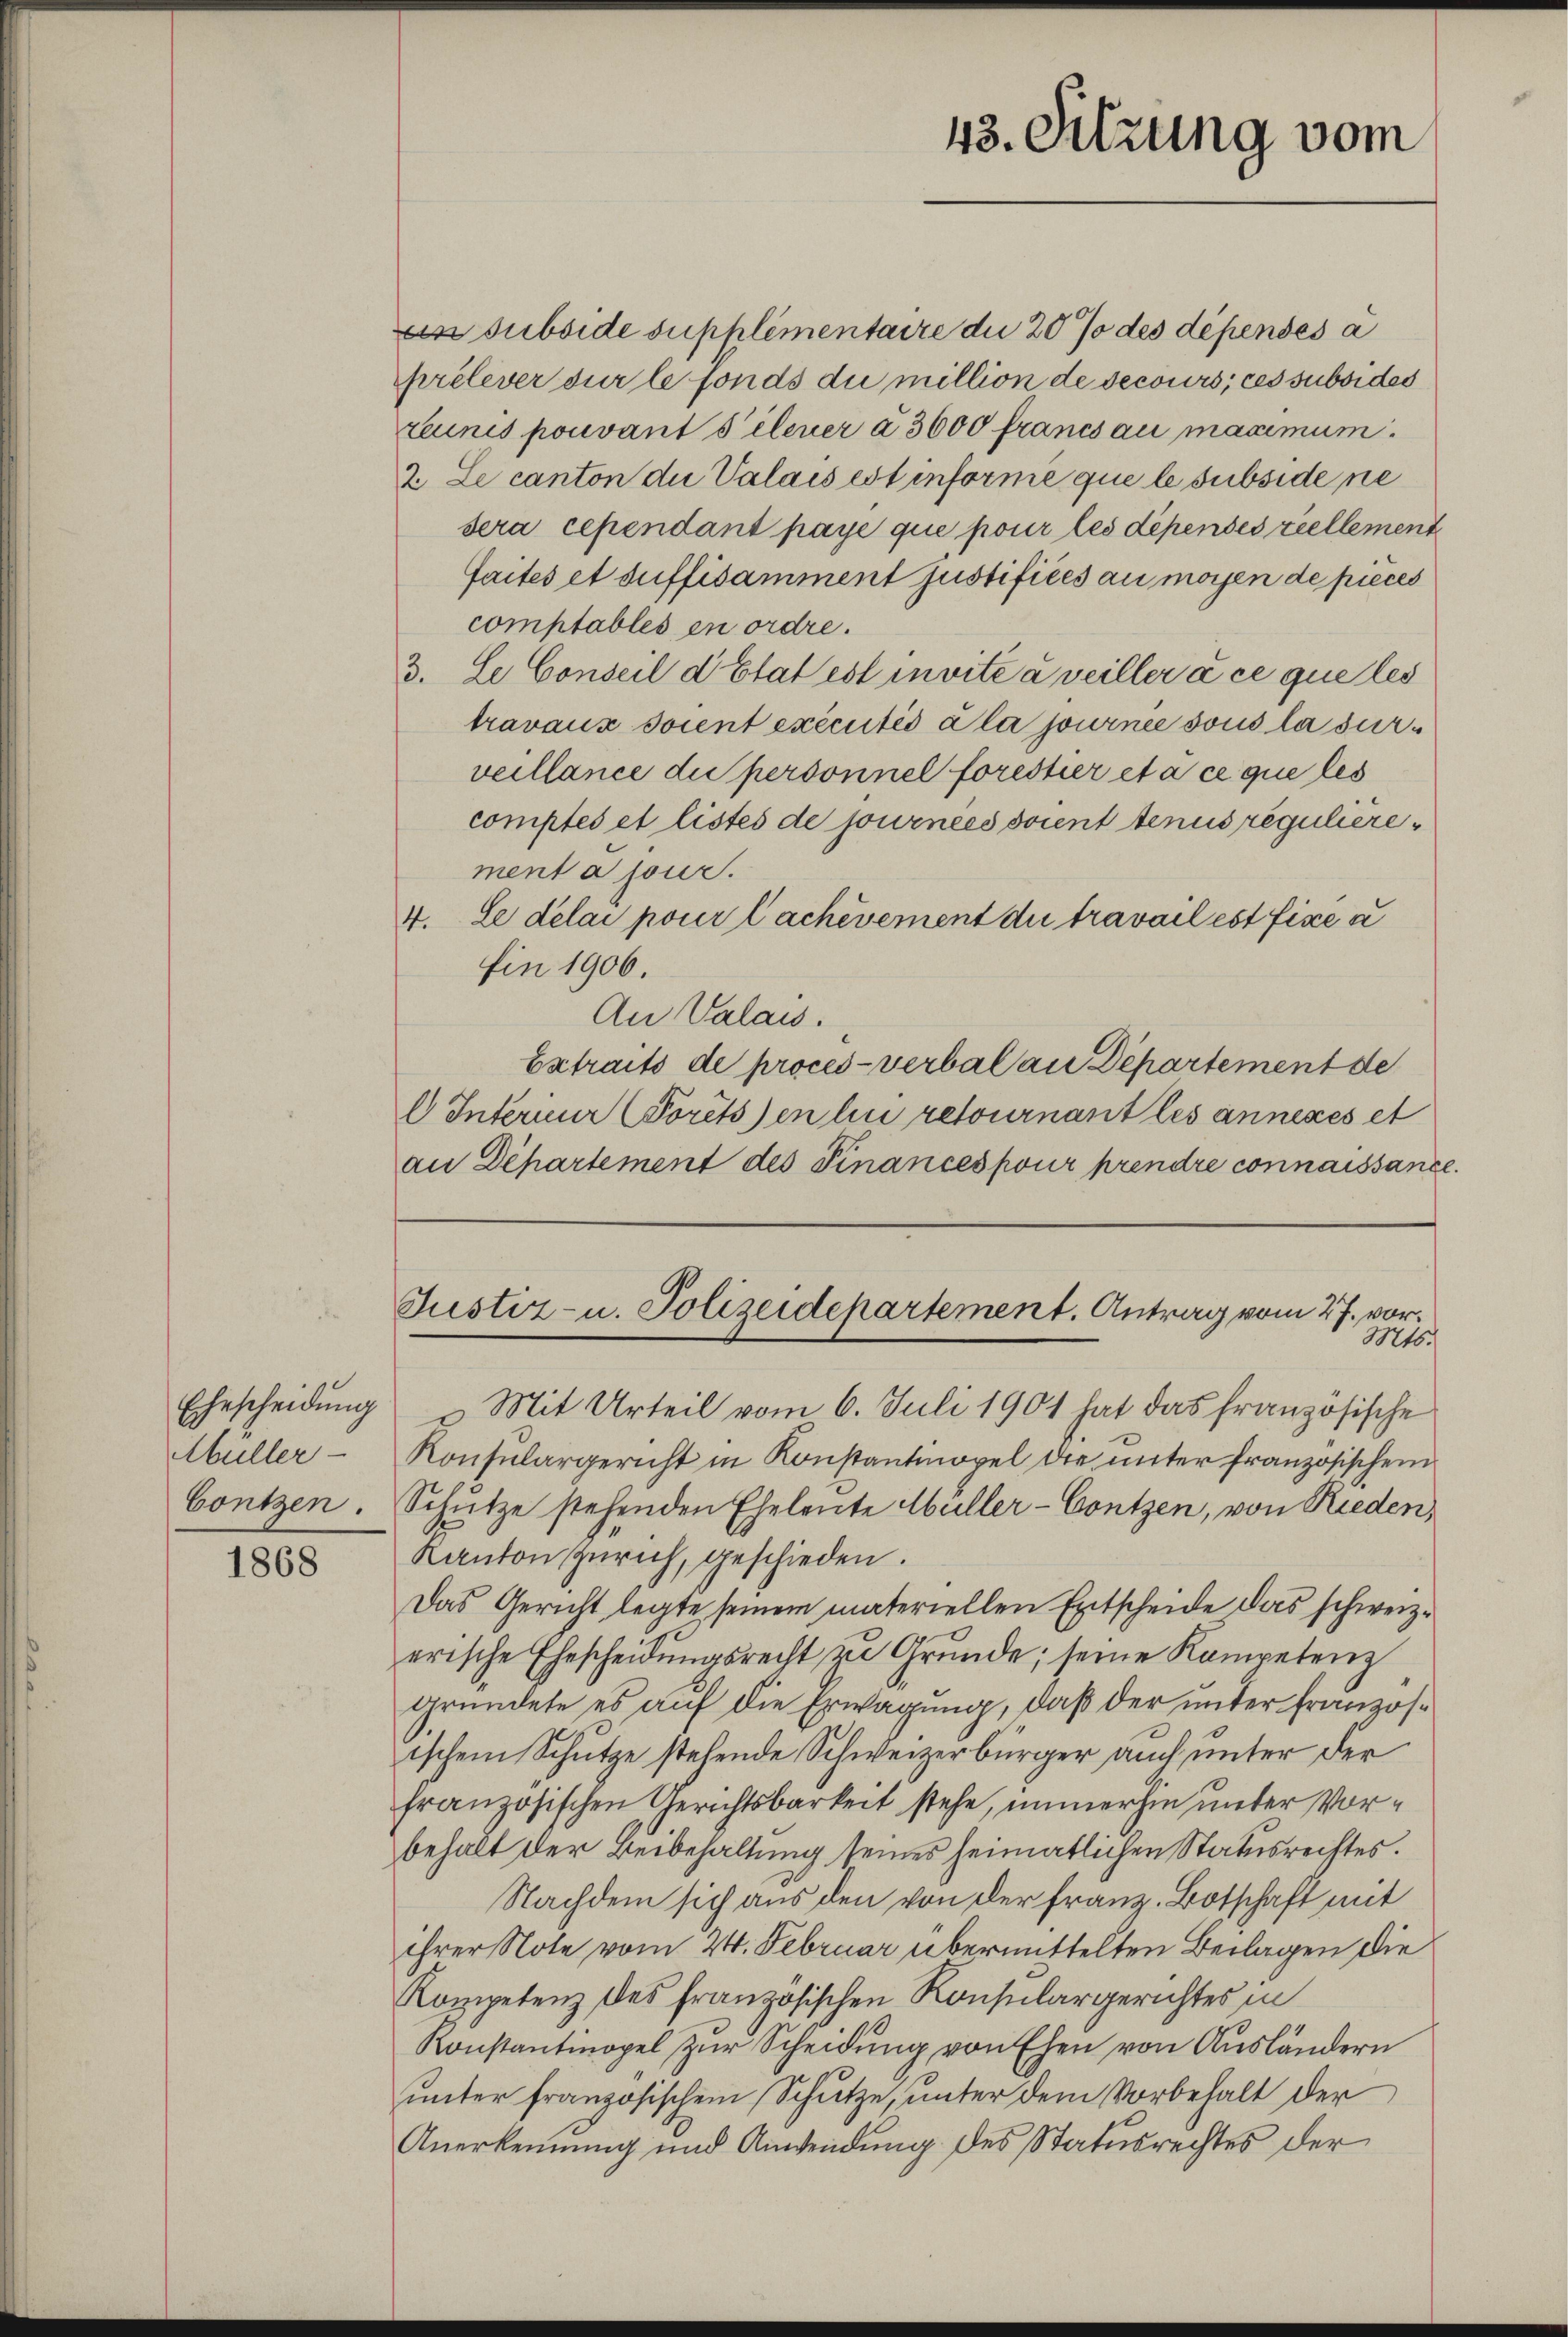
Ehescheidung
Müller
Contzen.

1868

subside supplémentaire die 20 % des dépensés a
prélever sur le fonds du million de secours, ces subsides
teunis pouvant s’élever à 3000 francs au maximum.
2. Le canton die Valais est informe que le subsidene
sera cependant paye que pour les dépenses reellement
faites et suffisamment justifices au moyen de pieces
comptables en ordre.
3. Le Conseil d’Etat est invite à veiller à ce que les
travaux soient exécutés à la journee sous la surveillance du personnel forestier et à ce que les
comptes et listes de journees soient tenus regulière
ment a jour.
4. Le délai pour lachevement die travail est fixe u
fin 1906.
An Valais.
Extraits de procès-verbal an Departement de
 Interieer (Porêts en lui retournant les annexés et
an Departement des Finances pour prendre connaissance.

Mit Urteil vom 6. Juli 1901 hat das französische
Konsulargericht in Konstantmopel die unter französischen
Schütze stehenden Eheleute Müller-Contzen, von Rieden,
Kanton Zürich, geschieden.
Das Gericht legte seinem materiellen Entscheide das schweiz.
erische Ehescheidŭngsrecht zu Grŭnde; seine Kompetenz
gründete es auf die Erwägung, daß der unter franzosischem Schütze stehende Schweizerbürger auch unter der
französischen Gerichtsbarkeit stehe, immerhin unter Vorbehalt der Beibehaltung seines heimatlichen Statusrechtes.
Nachdem sich aus den von der Franz. Botschaft mit
ihrer Note vom 24. Februar übermittelten Beilagen die
Kompetenz des französischen Konsulargerichtes in
Konstantinopel zur Scheidung von Ehen von Ausländern
unter französischem Schutze, unter dem Vorbehalt der
Anerkennung und Anwendung des Statusrechtes der

43. Sitzung vom

Justiz- u. Polizeidepartement. Antrag vom 27. vor.
Mts.